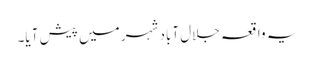
یہ واقعہ جلال آباد شہر میں پیش آیا۔